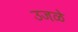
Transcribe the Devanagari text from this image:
उजळे